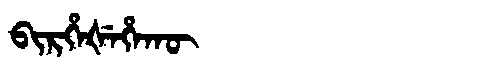
Manchu: ᠪᡳᡵᡥᡝᡧᡝᡥᠠᡴᡡ
Romanization: BIRHEŠEHAKŪ